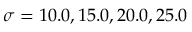
\sigma = 1 0 . 0 , 1 5 . 0 , 2 0 . 0 , 2 5 . 0